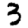
Digit: 3